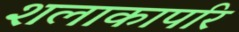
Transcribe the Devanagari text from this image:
शलाकापरि